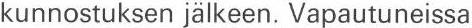
kunnostuksen jälkeen. Vapautuneissa